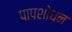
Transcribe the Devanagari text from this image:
पापशोधन